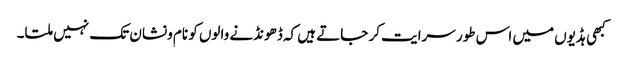
کبھی ہڈیوں میں اس طور سرایت کر جاتے ہیں کہ ڈھونڈنے والوں کو نام ونشان تک نہیں ملتا۔